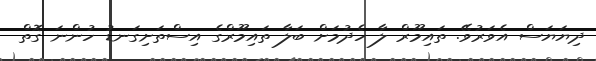
ދިޔަޔަސް އެވަރުވޭ. ތައިމޫރް ލާ ހެދުމަށް ބަލާ ތައިމޫރްގެ އިސްތަށިގަނޑު ހުންނަ ގޮތް